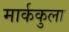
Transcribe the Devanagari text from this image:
मार्ककुला